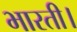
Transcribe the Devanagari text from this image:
भारती।